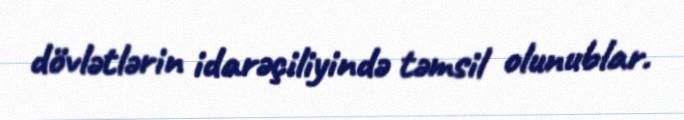
dövlətlərin idarəçiliyində təmsil olunublar.